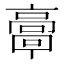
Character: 𩫗